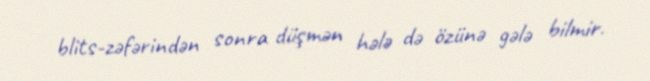
blits-zəfərindən sonra düşmən hələ də özünə gələ bilmir.